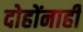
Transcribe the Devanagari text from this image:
दोहोंनाही